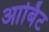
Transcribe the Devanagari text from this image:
आर्बिट